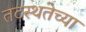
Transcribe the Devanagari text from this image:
तटस्थतेच्या